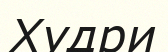
Худри